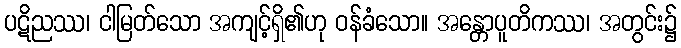
ပဋိညဿ၊ ငါမြတ်သော အကျင့်ရှိ၏ဟု ဝန်ခံသော။ အန္တောပူတိကဿ၊ အတွင်း၌